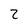
Character: 2